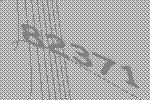
82371